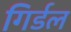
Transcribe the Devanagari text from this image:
गिर्डल